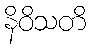
နိဝိသတိ